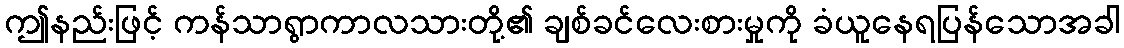
ဤနည်းဖြင့် ကန်သာရွာကာလသားတို့၏ ချစ်ခင်လေးစားမှုကို ခံယူနေရပြန်သောအခါ